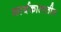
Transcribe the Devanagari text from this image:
कार्यकालातील